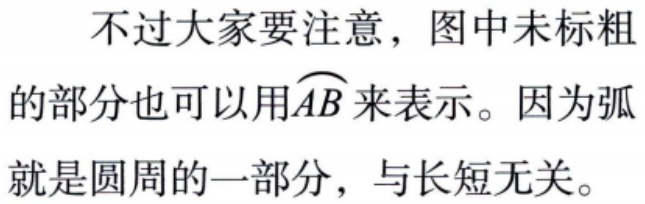
不过大家要注意，图中未标粗的部分也可以用\(\overset{\frown}{AB}\)来表示。因为弧就是圆周的一部分，与长短无关。